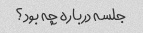
جلسه درباره چه بود؟